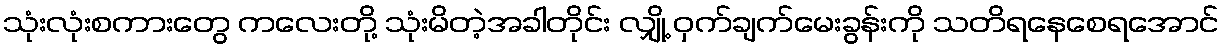
သုံးလုံးစကားတွေ ကလေးတို့ သုံးမိတဲ့အခါတိုင်း လျှို့ ဝှက်ချက်မေးခွန်းကို သတိရနေစေရအောင်